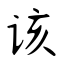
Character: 该